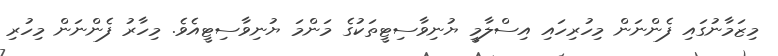
މިޒަމާނުގައި ފެންނަން މިހުރިހައި އިސްލާމީ ޔުނިވާސިޓީތަކުގެ މަންމަ ޔުނިވާސިޓީއެވެ. މިހާރު ފެންނަން މިހުރި